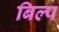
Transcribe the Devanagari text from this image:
बिल्प